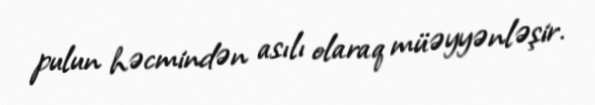
pulun həcmindən asılı olaraq müəyyənləşir.